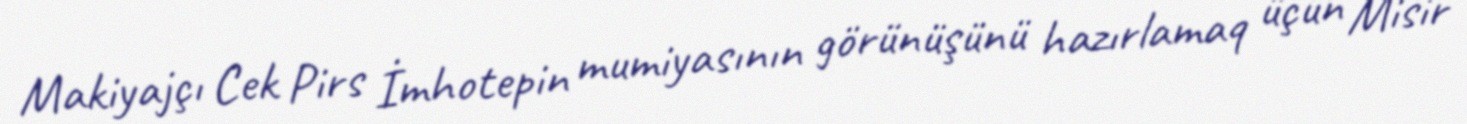
Makiyajçı Cek Pirs İmhotepin mumiyasının görünüşünü hazırlamaq üçün Misir